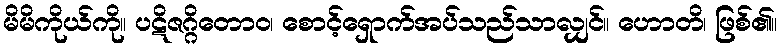
မိမိကိုယ်ကို။ ပဋိဇဂ္ဂိတောဝ၊ စောင့်ရှောက်အပ်သည်သာလျှင်။ ဟောတိ၊ ဖြစ်၏။